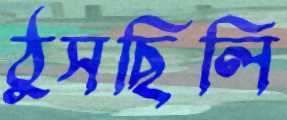
ঠুসছিলি